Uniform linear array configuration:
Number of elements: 12
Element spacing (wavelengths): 0.75
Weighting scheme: hamming
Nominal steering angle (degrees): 0
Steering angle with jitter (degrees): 0.2265
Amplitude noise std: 0.05
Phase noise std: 0.05

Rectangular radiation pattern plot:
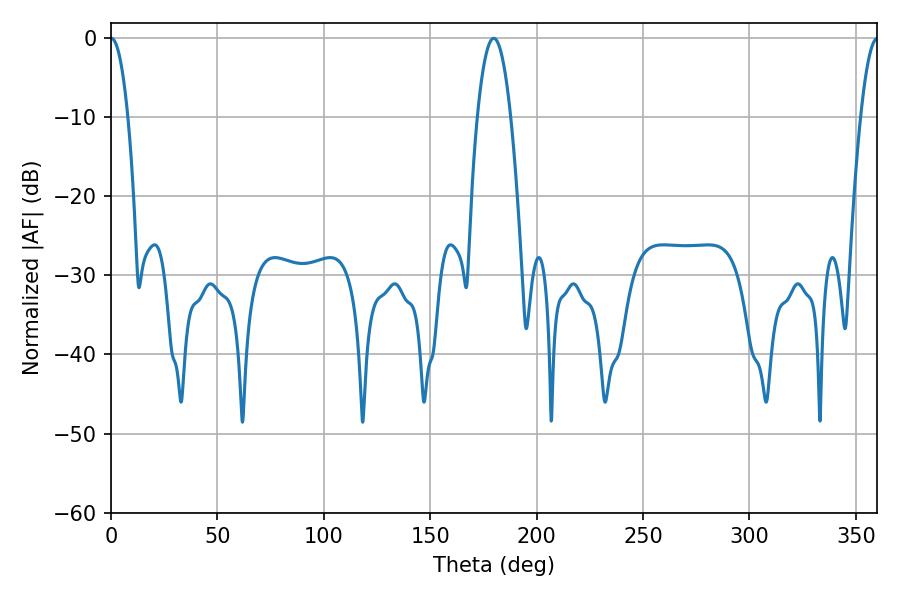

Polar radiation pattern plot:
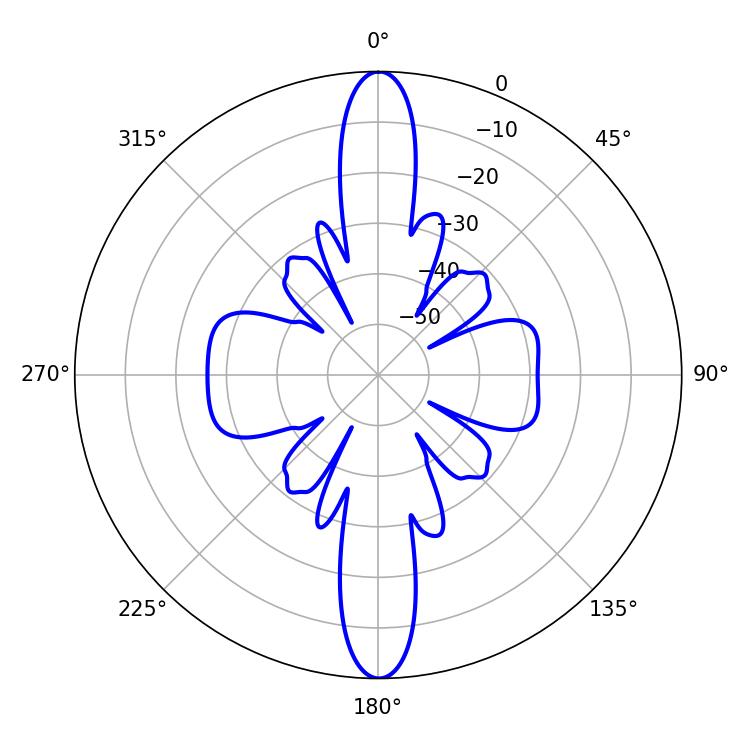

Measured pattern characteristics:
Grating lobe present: TRUE
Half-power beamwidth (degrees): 4.5
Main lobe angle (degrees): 0.18